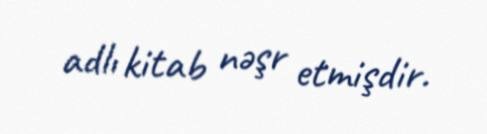
adlı kitab nəşr etmişdir.